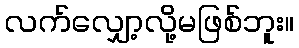
လက်လျှော့လို့မဖြစ်ဘူး။